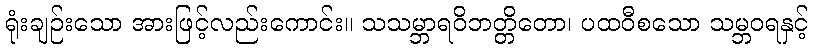
ရုံးချဉ်းသော အားဖြင့်လည်းကောင်း။ သသမ္ဘာရဝိဘတ္တိတော၊ ပထဝီစသော သမ္ဘဝရနှင့်